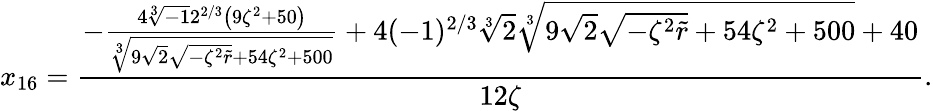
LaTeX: x_{16}=\frac{-\frac{4\sqrt[3]{-1}2^{2/3}\left(9\zeta^{2}+50\right)}{\sqrt[3]{9\sqrt{2}\sqrt{-\zeta^{2}\tilde{r}}+54\zeta^{2}+500}}+4(-1)^{2/3}\sqrt[3]{2}\sqrt[3]{9\sqrt{2}\sqrt{-\zeta^{2}\tilde{r}}+54\zeta^{2}+500}+40}{12\zeta}.